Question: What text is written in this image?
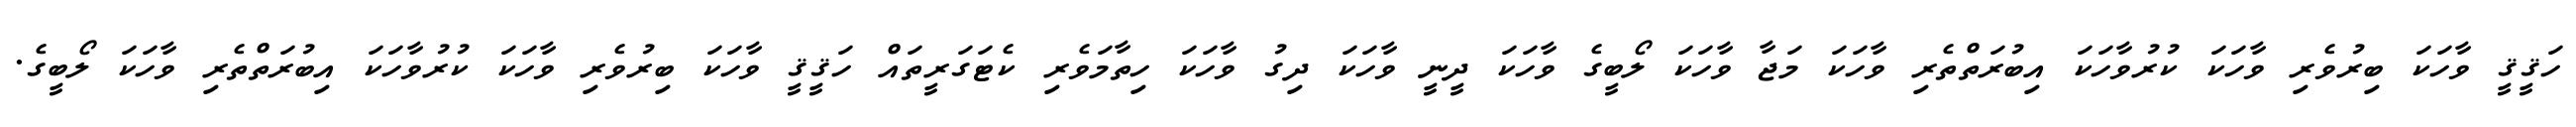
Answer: ހަޤީޤީ ވާހަކަ ބިރުވެރި ވާހަކަ ކުރުވާހަކަ އިބުރަތްތެރި ވާހަކަ މަޖާ ވާހަކަ ލޯބީގެ ވާހަކަ ދީނީ ވާހަކަ ދިގު ވާހަކަ ހިތާމަވެރި ކެޓަގަރީތައް ހަޤީޤީ ވާހަކަ ބިރުވެރި ވާހަކަ ކުރުވާހަކަ އިބުރަތްތެރި ވާހަކަ ލޯބީގެ.